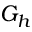
G _ { h }